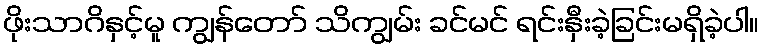
ဖိုးသာဂိနှင့်မူ ကျွန်တော် သိကျွမ်း ခင်မင် ရင်းနှီးခဲ့ခြင်းမရှိခဲ့ပါ။